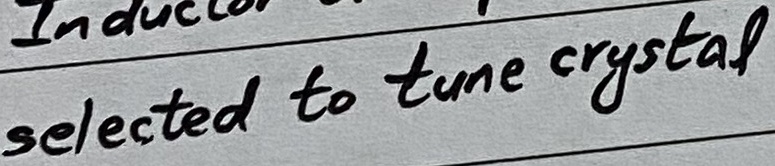
Text: selected to tune crystal